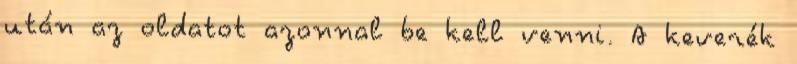
után az oldatot azonnal be kell venni. A keverék